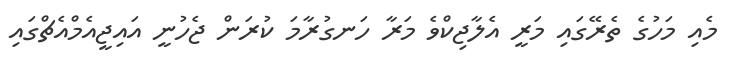
މެއި މަހުގެ ތެރޭގައި މަރީ އެލާޖިކްވެ މަރާ ހަނގުރާމަ ކުރަން ޖެހުނީ އައިޖީއެމްއެޗްގައި